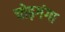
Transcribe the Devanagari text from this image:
चोड़गंगा